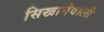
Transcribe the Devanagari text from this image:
सिखानेवाली